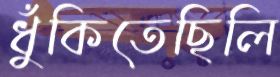
ধুঁকিতেছিলি